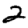
Digit: 2